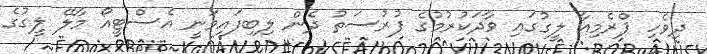
ދިވެހި ޕްރެމިއާ ލީގުގައި ވާދަކުރުމުގެ ފުރުސަތު ދެން ލިބިފައިވަނީ އެސްޓީއޯ މާލޭ ލީގުގެ